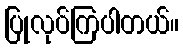
ပြုလုပ်ကြပါတယ်။